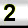
Digit: 2